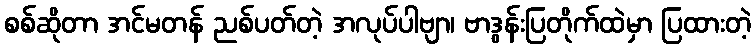
စစ်ဆိုတာ အင်မတန် ညစ်ပတ်တဲ့ အလုပ်ပါဗျာ၊ ဗာဒွန်းပြတိုက်ထဲမှာ ပြထားတဲ့